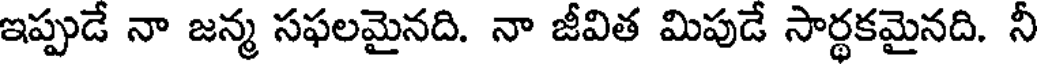
ఇప్పుడే నా జన్మ సఫలమైనది. నా జీవిత మిపుడే సార్థకమైనది. నీ